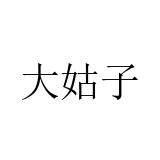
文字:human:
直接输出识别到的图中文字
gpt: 大姑子